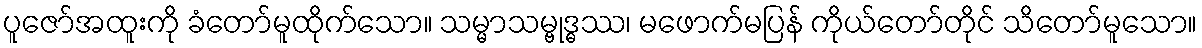
ပူဇော်အထူးကို ခံတော်မူထိုက်သော။ သမ္မာသမ္ဗုဒ္ဓဿ၊ မဖောက်မပြန် ကိုယ်တော်တိုင် သိတော်မူသော။